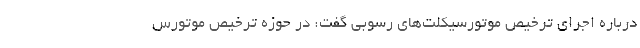
درباره اجرای ترخیص موتورسیکلت‌های رسوبی گفت: در حوزه ترخیص موتورس